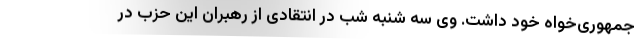
جمهوری‌خواه خود داشت. وی سه شنبه شب در انتقادی از رهبران این حزب در